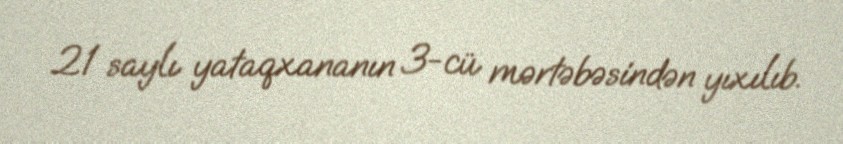
21 saylı yataqxananın 3-cü mərtəbəsindən yıxılıb.